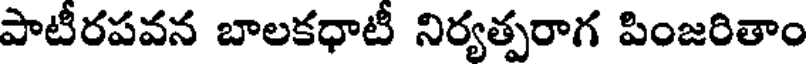
పాటీరపవన బాలకధాటీ నిర్యత్పరాగ పింజరితాం